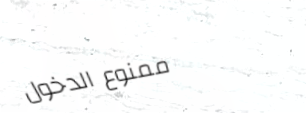
ممنوع الدخول